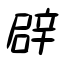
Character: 辟